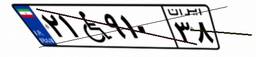
۲۱W۹۱۰۳۸